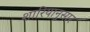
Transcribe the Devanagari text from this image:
शारियानुसार